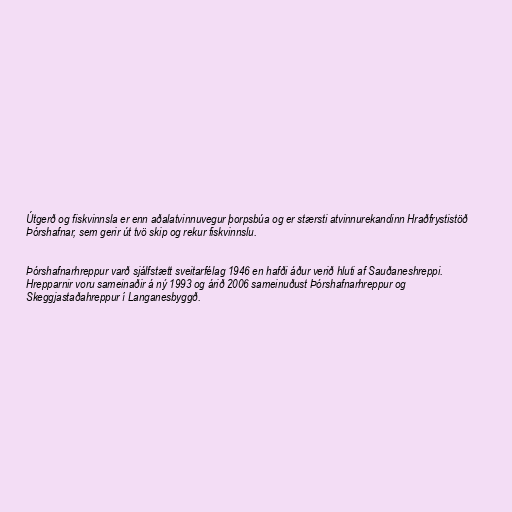
Útgerð og fiskvinnsla er enn aðalatvinnuvegur þorpsbúa og er stærsti atvinnurekandinn Hraðfrystistöð
Þórshafnar, sem gerir út tvö skip og rekur fiskvinnslu.

Þórshafnarhreppur varð sjálfstætt sveitarfélag 1946 en hafði áður verið hluti af Sauðaneshreppi.
Hrepparnir voru sameinaðir á ný 1993 og árið 2006 sameinuðust Þórshafnarhreppur og
Skeggjastaðahreppur í Langanesbyggð.